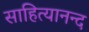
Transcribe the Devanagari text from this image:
साहित्यानन्द